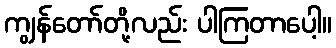
ကျွန်တော်တို့လည်း ပါကြတာပေါ့။